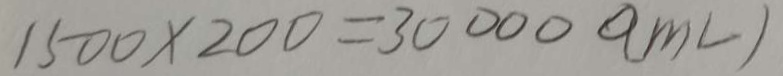
1 5 0 0 \times 2 0 0 = 3 0 0 0 0 0 ( m l )